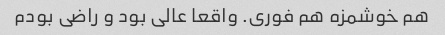
هم خوشمزه هم فوری. واقعا عالی بود و راضی بودم